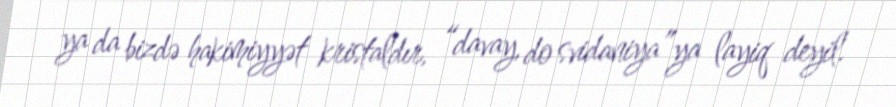
ya da bizdə hakimiyyət kristaldır, “davay, do svidaniya”ya layiq deyil.